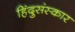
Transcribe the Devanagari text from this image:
हिंदुसंस्कार